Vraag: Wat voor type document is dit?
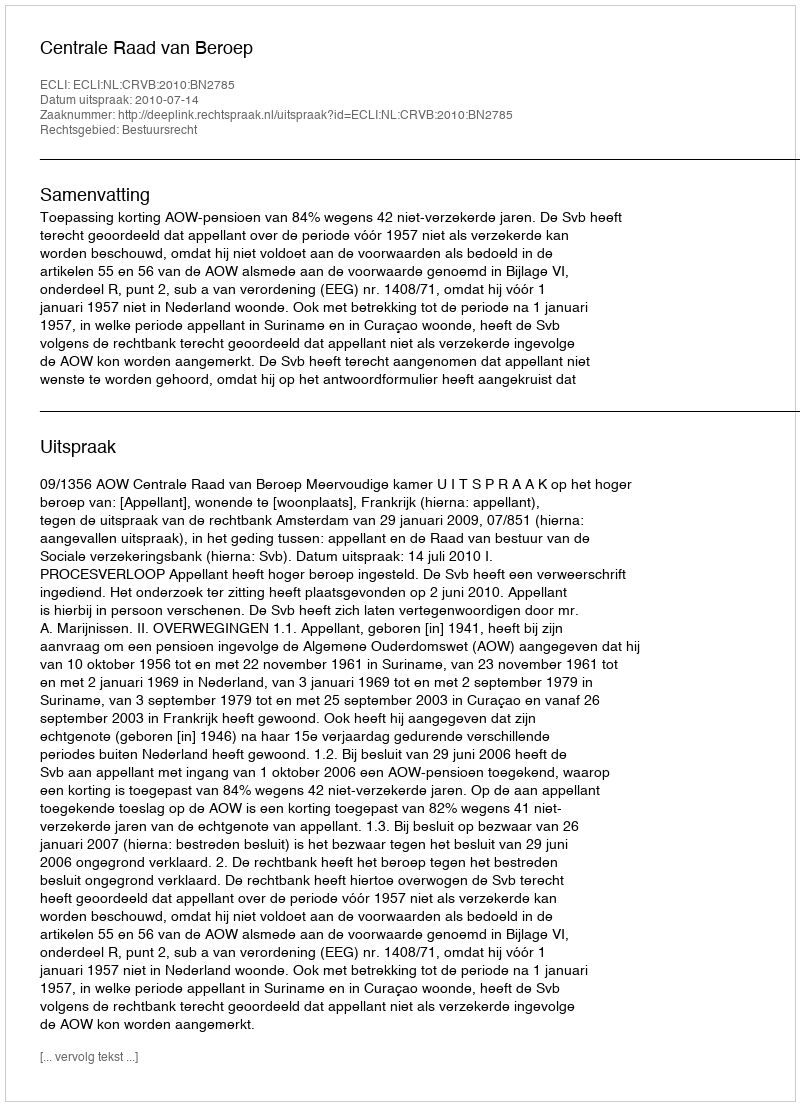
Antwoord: Uitspraak